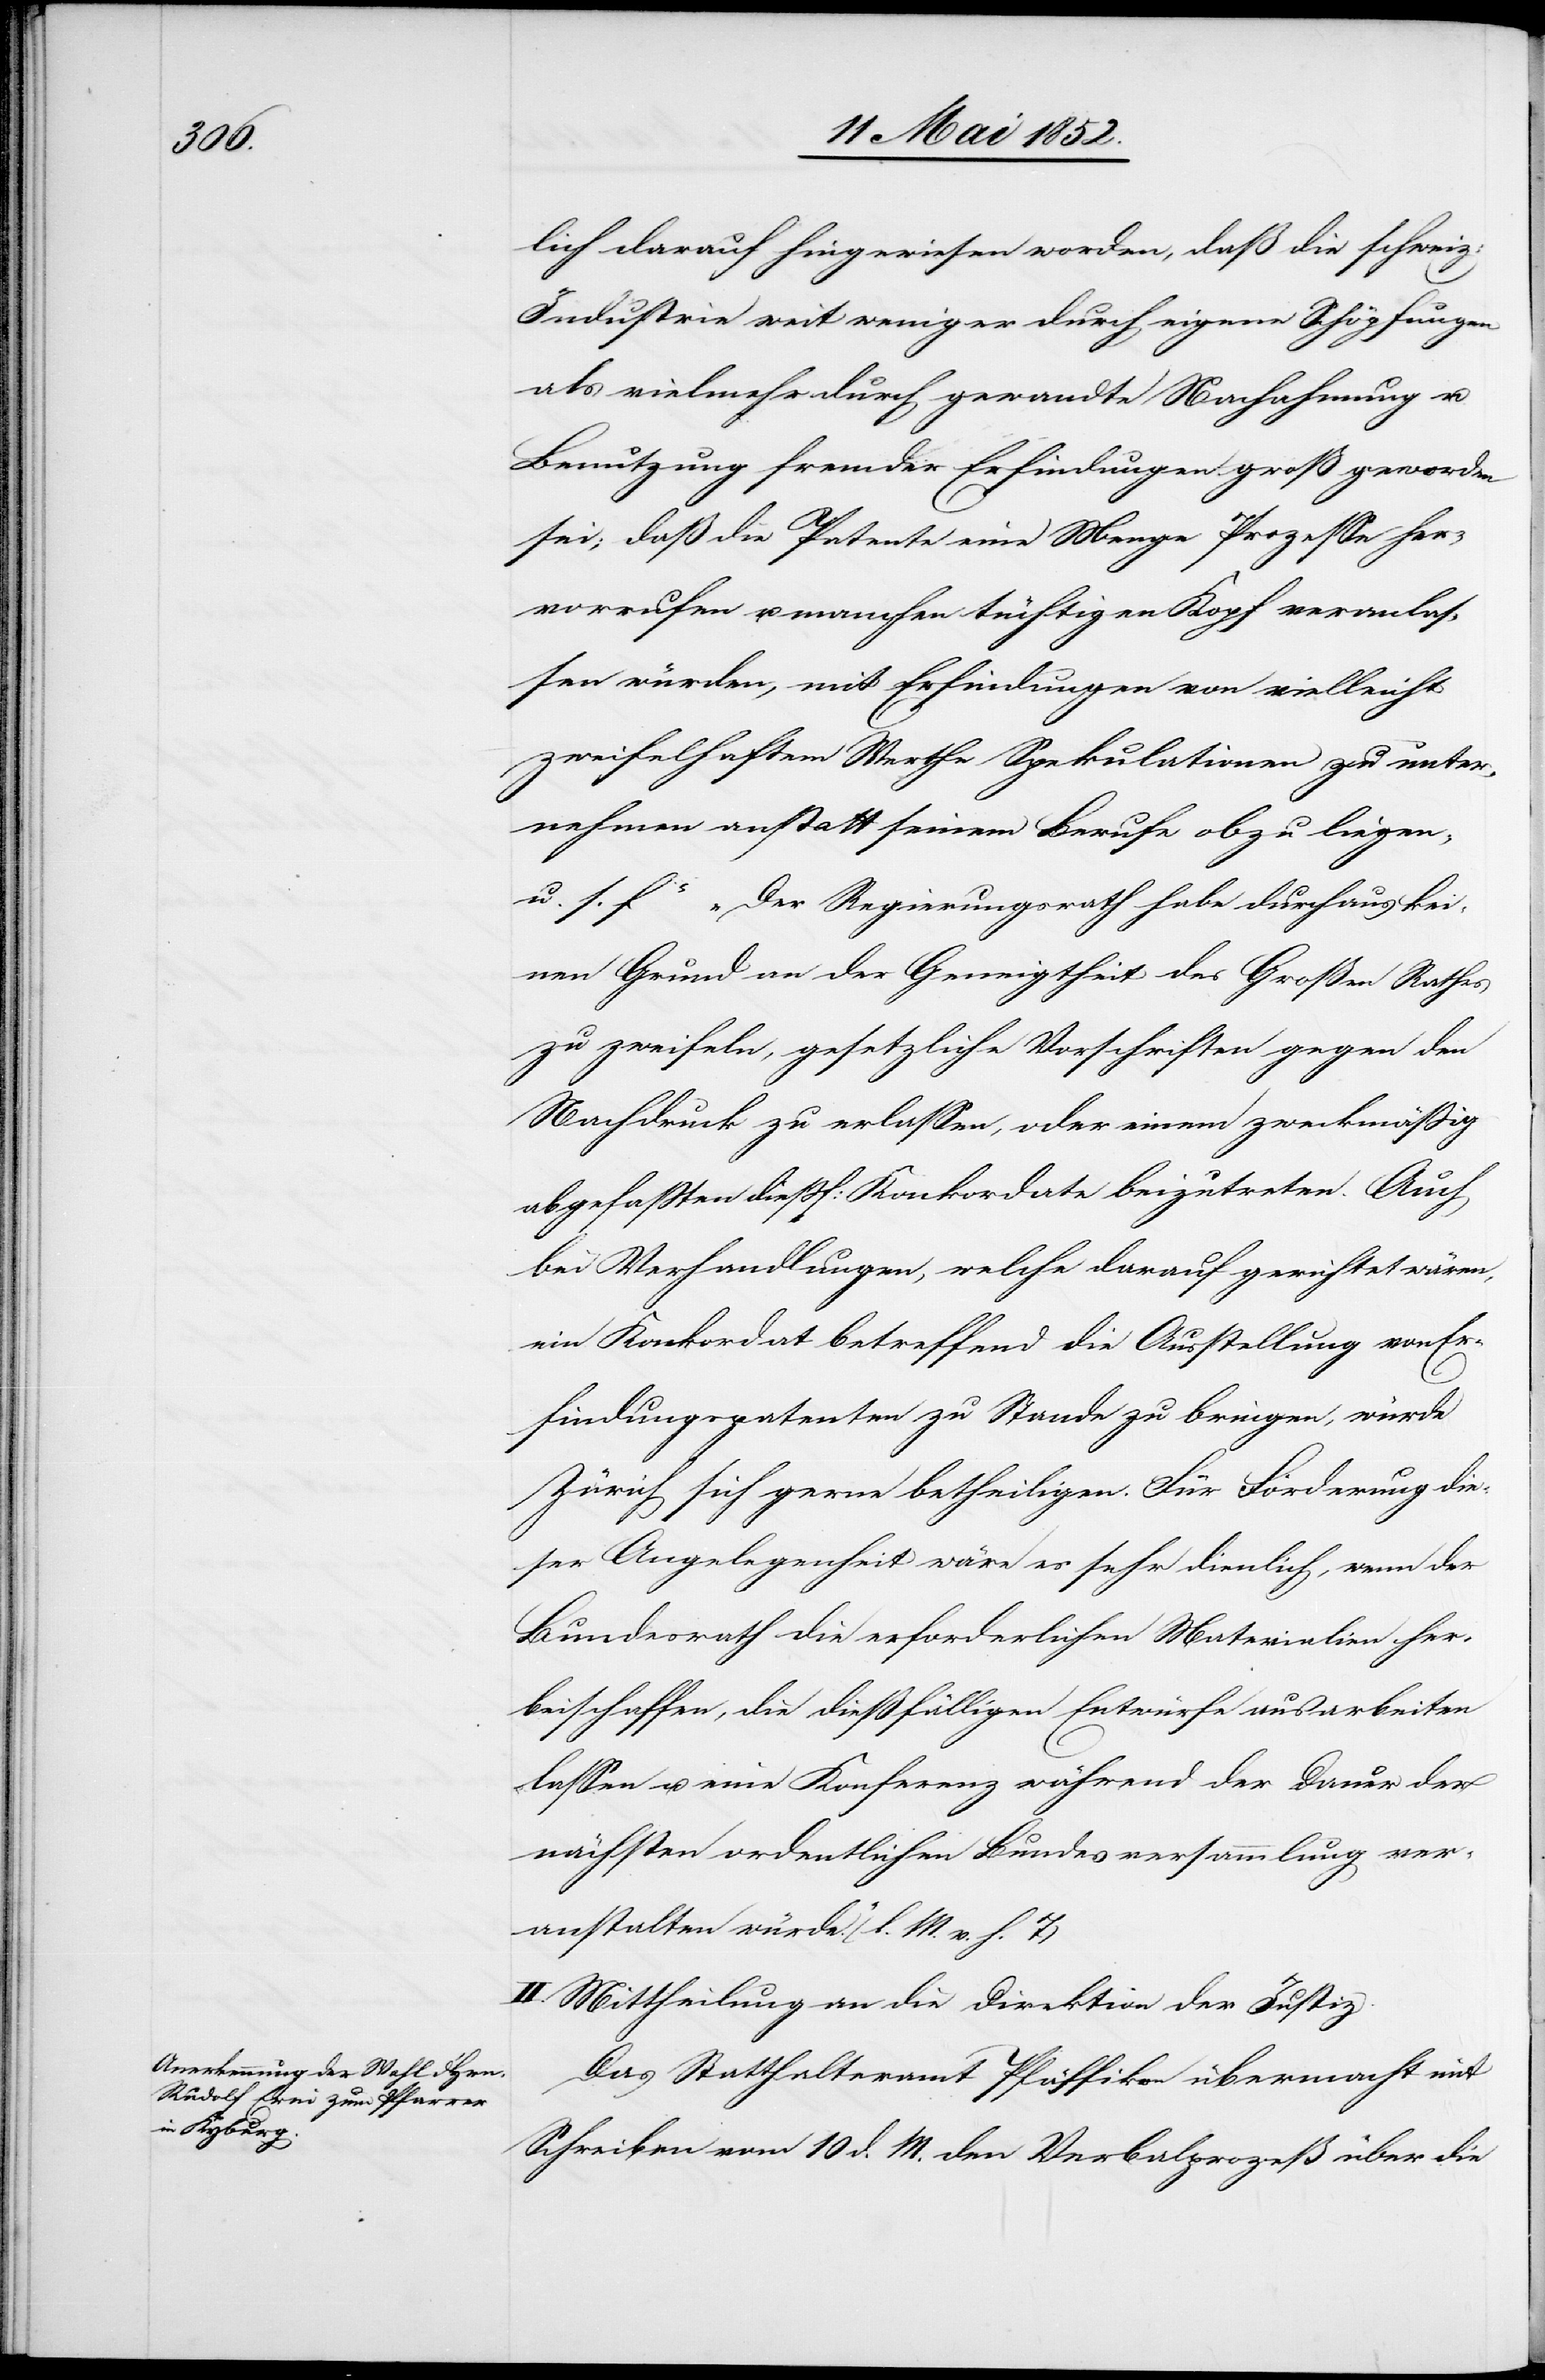
lich darauf hingewiesen worden, daß die schweiz:
Industrie weit weniger durch eigene Schöpfungen
als vielmehr durch gewandte Nachahmung u.
Benutzung fremder Erfindungen groß geworden
sei; daß die Patente eine Menge Prozesse her¬
vorrufen u. manchen tüchtigen Kopf veranlas¬
sen würden, mit Erfindungen von vielleicht
zweifelhaftem Werthe Spekulationen zu unter¬
nehmen anstatt seinem Berufe obzu liegen,
u. s. f“ „Der Regierungsrath habe durchaus kei¬
nen Grund an der Geneigtheit des Großen Rathes
zu zweifeln, gesetzliche Vorschriften gegen den
Nachdruck zu erlassen, oder einem zweckmässig
abgefassten diessf: Konkordate beizutreten. Auch
bei Verhandlungen, welche darauf gerichtet wären,
ein Konkordat betreffend die Ausstellung von Er¬
findungspatenten zu Stande zu bringen, würde
Zürich sich gerne betheiligen. Für Förderung die¬
ser Angelegenheit wäre es sehr dienlich, wenn der
Bundesrath die erforderlichen Materialien her¬
beischaffen, die diessfälligen Entwürfe ausarbeiten
lassen u. eine Konferenz während der Dauer der
nächsten ordentlichen Bundesversammlung ver¬
anstalten würde.“ (l. M. v. h. T)
II. Mittheilung an die Direktion der Justiz.
Das Statthalteramt Pfäffikon übermacht mit
Schreiben vom 10 d. M. den Verbalprozeß über die